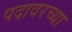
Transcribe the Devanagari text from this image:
पदावरच्या